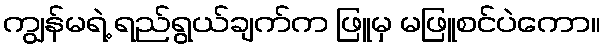
ကျွန်မရဲ့ ရည်ရွယ်ချက်က ဖြူမှ မဖြူစင်ပဲကော။